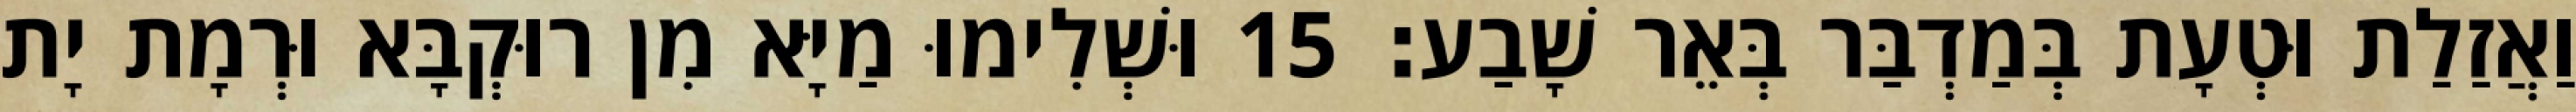
וַאֲזַלַת וּטְעָת בְּמַדְבַּר בְּאֵר שָׁבַע׃ 15 וּשְׁלִימוּ מַיָּא מִן רוּקְבָּא וּרְמָת יָת